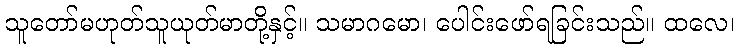
သူတော်မဟုတ်သူယုတ်မာတို့နှင့်။ သမာဂမော၊ ပေါင်းဖော်ရခြင်းသည်။ ထလေ၊